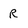
Character: R